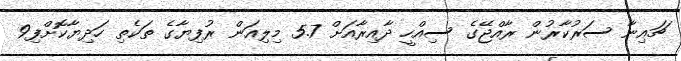
ޗައިނާ ސަރުކާރުން ރާއްޖޭގެ ސިއްހީ ދާއިރާއަށް 5.7 މިލިއަން ރުފިޔާގެ ތަކެތި ހަދިޔާކޮށްފި9